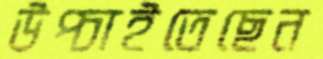
উপ্‌চাইতেছেন